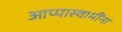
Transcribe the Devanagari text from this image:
आप्पास्‍वामींना